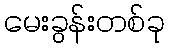
မေးခွန်းတစ်ခု